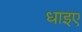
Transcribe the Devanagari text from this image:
धाइए